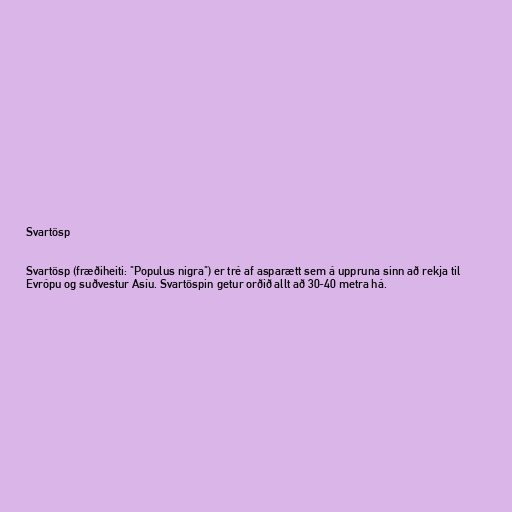
Svartösp

Svartösp (fræðiheiti: "Populus nigra") er tré af asparætt sem á uppruna sinn að rekja til
Evrópu og suðvestur Asíu. Svartöspin getur orðið allt að 30-40 metra há.